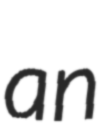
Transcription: an